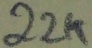
Text: 22K